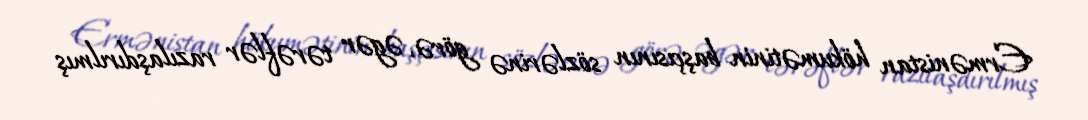
Ermənistan hökumətinin başçısının sözlərinə görə, əgər tərəflər razılaşdırılmış